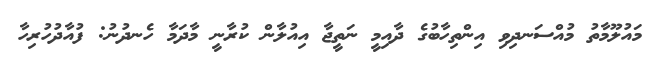
މައުލޫމާތު މުއްސަނދިވި އިންތިހާބުގެ ދާއިމީ ނަތީޖާ އިއުލާން ކުރާނީ މާދަމާ ހެނދުނު: ފުއާދުހުރިހާ